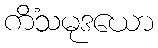
ကိံသမုဒယော